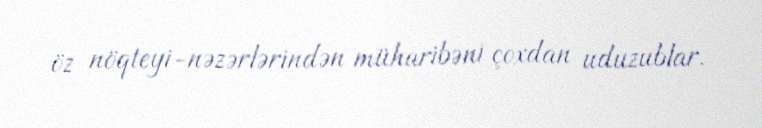
öz nöqteyi-nəzərlərindən müharibəni çoxdan uduzublar.